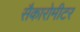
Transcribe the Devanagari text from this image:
सैकारोमीटर